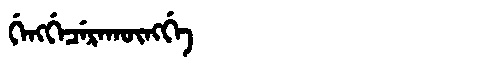
Manchu: ᡤᡝᠩᡤᡝᠴᡝᡵᠠᡴᡡᠩᡤᡝ
Romanization: GENGGECERAKŪNGGE